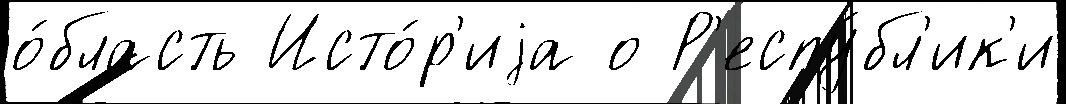
о́бласть Исто́р'иjа о Р'еспу́бл'ик'и